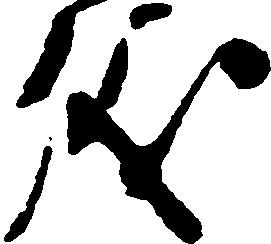
儀